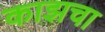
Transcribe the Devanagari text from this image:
काझचा